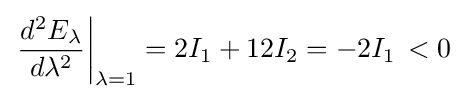
\left.{\frac {d^{2}E_{\lambda }}{d\lambda ^{2}}}\right|_{\lambda =1}=2I_{1}+12I_{2}=-2I_{1}\,<0